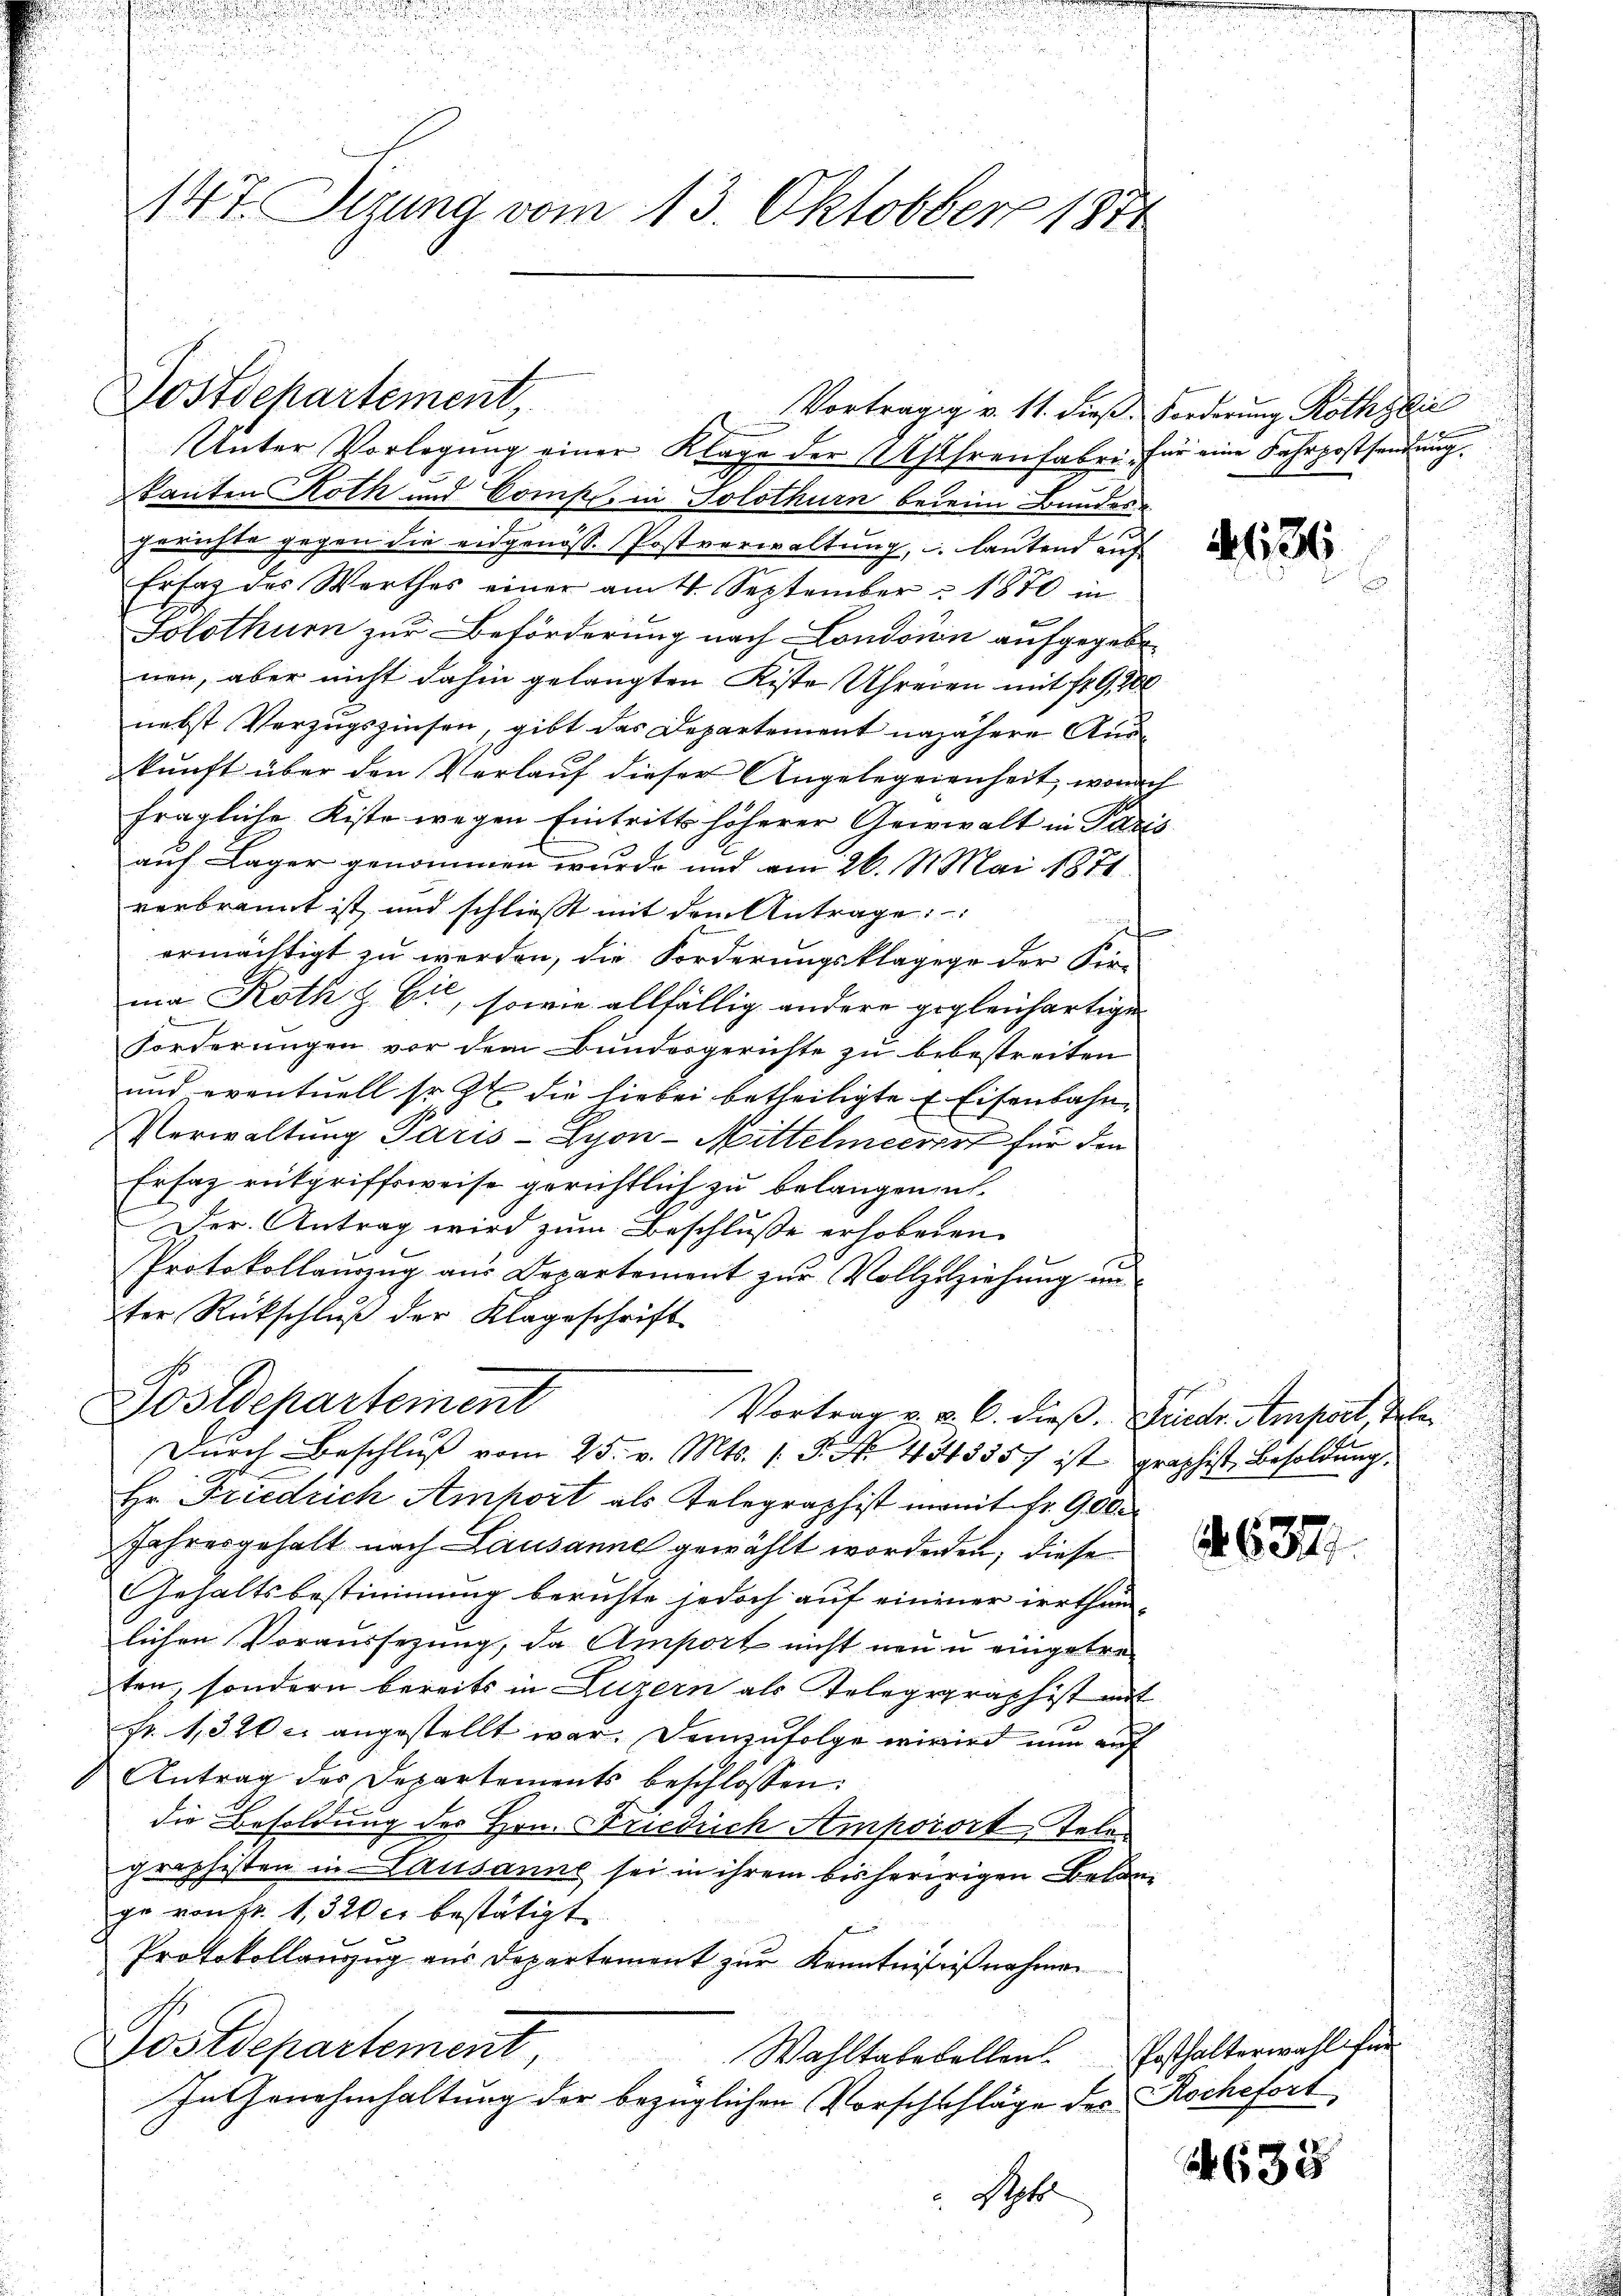
14t. Sizung vom 13. Oktobber 1871

Postschartement
Unter Vorlegung einer Klage der Ehrenfabri für eine Fahrpostsendung.
kanten Roth und Compe, in Solothurn berein Bundes-
gerichte gegen die eidgenöss. Postverwaltung, u. lautend auf
Ersatz des Werthes einer am 4. September 1870 in
Solothurn zur Beförderung nach London aufgegebenen, aber nicht dahin gelangten Kiste Uhreien mit St. G,100
nebst Verzugszinsen, gibt das Departement najähere Auskunft über den Verlauf dieser Angelegenenheit, wonach
fragliche Kiste wegen Eintritt höherer Gewalt in Paris
auf Lager genommen wurde und am 26. St. Mai 1871.
verbrannt ist, und schlieβt mit dem Antrage:
f
ermächtigt zu werden, die Forderungsklagege der Fir-
ma Roth & Cie, sowie allfällig andere gegleichartigen
forderungen vor dem Bundergerichte zu bebestreiten
und eventuell sr. Zt. die hiebei betheiligte & Eisenbahn
Verwaltung Paris - Lyon - Mittelmecrirt für den
Ersatz rückgriffsweise gerichtlich zu belangen, u
Der Antrag wird zum Beschlusse erhobenen
Protokollaŭszŭg aŭs Departement zŭr Vollzuziehŭng ŭn
ter Rückschluß der Klageschrift
Postdepartement
Vortrag u. a. O. dieß. Diedr. Amport, Tele
Durch Beschluß vom 25. v. Mts. 1. P. Nr. 4543357 ist graphist, Besoldung.
Hr. Friedrich Amhort als Telegraphist momit Fr. 900
Jahresgehalt nach Lausanne gewählt wordenden; diese
Gehaltsbestimmung beruhte jedoch auf einener irrthum
lichen Voraussezung, da Amort nicht neu u eingetreten, sondern bereits in Luzern als Telegegraphist mit
fr. 1320 c. angestellt war. Demzufolge wird nun auf
Antrag des Departements beschlossen:
die Besoldung der Hrn. Friedrich Amporort Gelen
graphisten in Lausanne sei in ihrem bisheririgen Belange von Fr. 1320 cr bestätigt.
Protokollanzug aus Departement zur Kenntnißnißnahmen
Postdepartement
Wahltabesellen Posthalterwahl für
In Genehmhaltung der bezüglichen Vorschschläge des Rochefort
. Sept

Vorträgig v. 11. dieß. Forderung Röthlic

463

637.

635